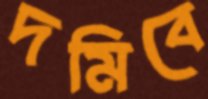
দমিবে